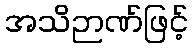
အသိဉာဏ်ဖြင့်